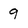
Character: 9